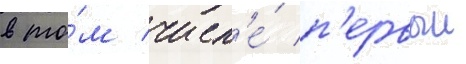
в то́м числ'е́ п'ервыи